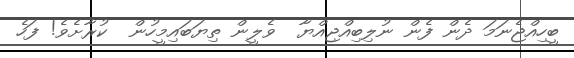
ބީހިއްޖެނަމަ ދެން ފެން ނުލިބިއްޖިއްޔާ  ވެލީން ތިޔަބައިމީހުން  ކުރާށެވެ! ފަހެ